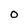
Character: O